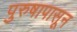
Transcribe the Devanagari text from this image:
पुरुषापासून